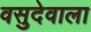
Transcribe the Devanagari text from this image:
वसुदेवाला